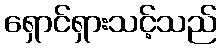
ရှောင်ရှားသင့်သည်